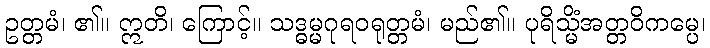
ဥတ္တမံ၊ ၏။ ဣတိ၊ ကြောင့်။ သဒ္ဓမ္မဂုရဝရုတ္တမံ၊ မည်၏။ ပုရိသ္မိံအတ္တဝိကမ္ပေ၊